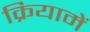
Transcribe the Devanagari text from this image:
क्रियामें